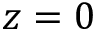
z = 0